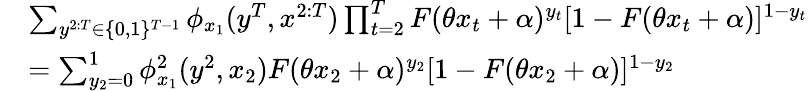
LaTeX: \begin{array}{rl}&{\sum_{y^{2:T}\in\{ 0,1\} ^{T-1}}\phi_{x_{1}}(y^{T},x^{2:T})\prod_{t=2}^{T}F(\theta x_{t}+\alpha)^{y_{t}}[1-F(\theta x_{t}+\alpha)]^{1-y_{t}}}\\ &{=\sum_{y_{2}=0}^{1}\phi_{x_{1}}^{2}(y^{2},x_{2})F(\theta x_{2}+\alpha)^{y_{2}}[1-F(\theta x_{2}+\alpha)]^{1-y_{2}}}\end{array}